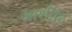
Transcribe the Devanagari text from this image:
आर्शीाद